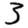
Digit: 3